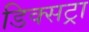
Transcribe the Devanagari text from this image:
डिक्सट्रा